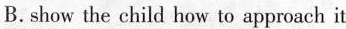
B. show the child how to approach it